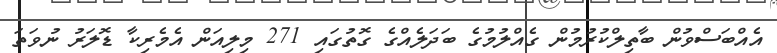
އެއްބަސްވުން ބާތިލްކުރުމުން ގެއްލުމުގެ ބަދަލެއްގެ ގޮތުގައި 271 މިލިއަން އެމެރިކާ ޑޮލަރު ނުވަތަ